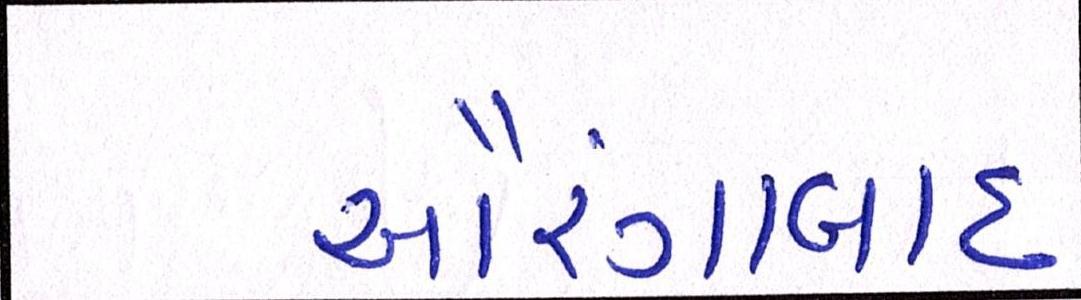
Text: ઔરંગાબાદ